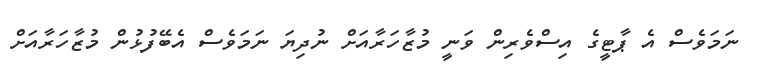
ނަމަވެސް އެ ޕާޓީގެ އިސްވެރިން ވަނީ މުޒާހަރާއަށް ނުދިޔަ ނަމަވެސް އެބޭފުޅުން މުޒާހަރާއަށް